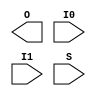
// $Header: /devl/xcs/repo/env/Databases/CAEInterfaces/verunilibs/data/unisims/BUFGMUX.v,v 1.16 2009/08/21 23:55:43 harikr Exp $
///////////////////////////////////////////////////////////////////////////////
// Copyright (c) 1995/2004 Xilinx, Inc.
// All Right Reserved.
///////////////////////////////////////////////////////////////////////////////
//   ____  ____
//  /   /\/   /
// /___/  \  /    Vendor : Xilinx
// \   \   \/     Version : 10.1
//  \   \         Description : Xilinx Functional Simulation Library Component
//  /   /                  Global Clock Mux Buffer with Output State 0
// /___/   /\     Filename : BUFGMUX.v
// \   \  /  \    Timestamp : Thu Mar 25 16:42:14 PST 2004
//  \___\/\___\
//
// Revision:
//    03/23/04 - Initial version.
//    05/23/07 - Changed timescale to 1 ps / 1 ps.
//    01/11/08 - Add CLK_SEL_TYPE attribute.
// End Revision


module BUFGMUX (O, I0, I1, S);

    parameter CLK_SEL_TYPE = "SYNC";
    output O;
    input  I0, I1, S;


    // SIGASI: body removed, I/O is enough

endmodule